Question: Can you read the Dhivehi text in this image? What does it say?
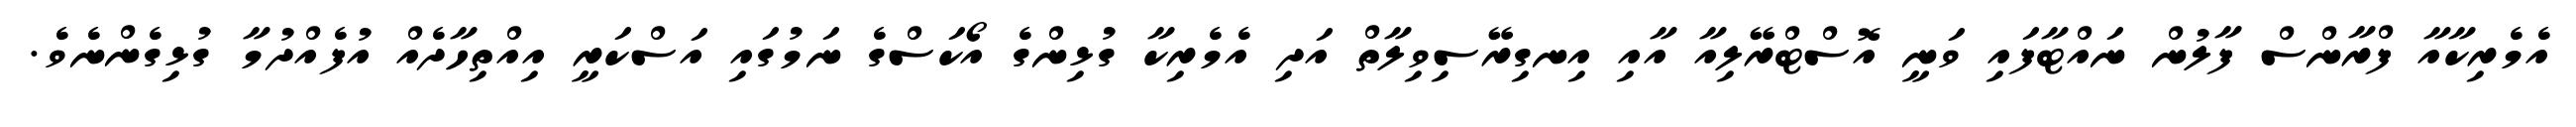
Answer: އެމެރިކާއާ ފްރާންސް ފާލުން ނައްޓާފައި ވަނީ އޮސްޓްރޭލިއާ އާއި އިނގިރޭސިވިލާތް އަދި އެމެރިކާ ގުޅިންގެ އޯކަސްގެ ނަމުގައި އަސްކަރީ އިއްތިހާދެއް އުފެއްދުމާ ގުޅިގެންނެވެ.